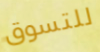
للتسوق